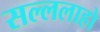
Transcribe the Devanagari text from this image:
सल्ललाहो